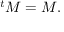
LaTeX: { } ^ { t } M = M .